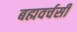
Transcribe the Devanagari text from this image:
बह्मवर्चसी